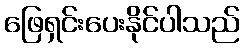
ဖြေရှင်းပေးနိုင်ပါသည်